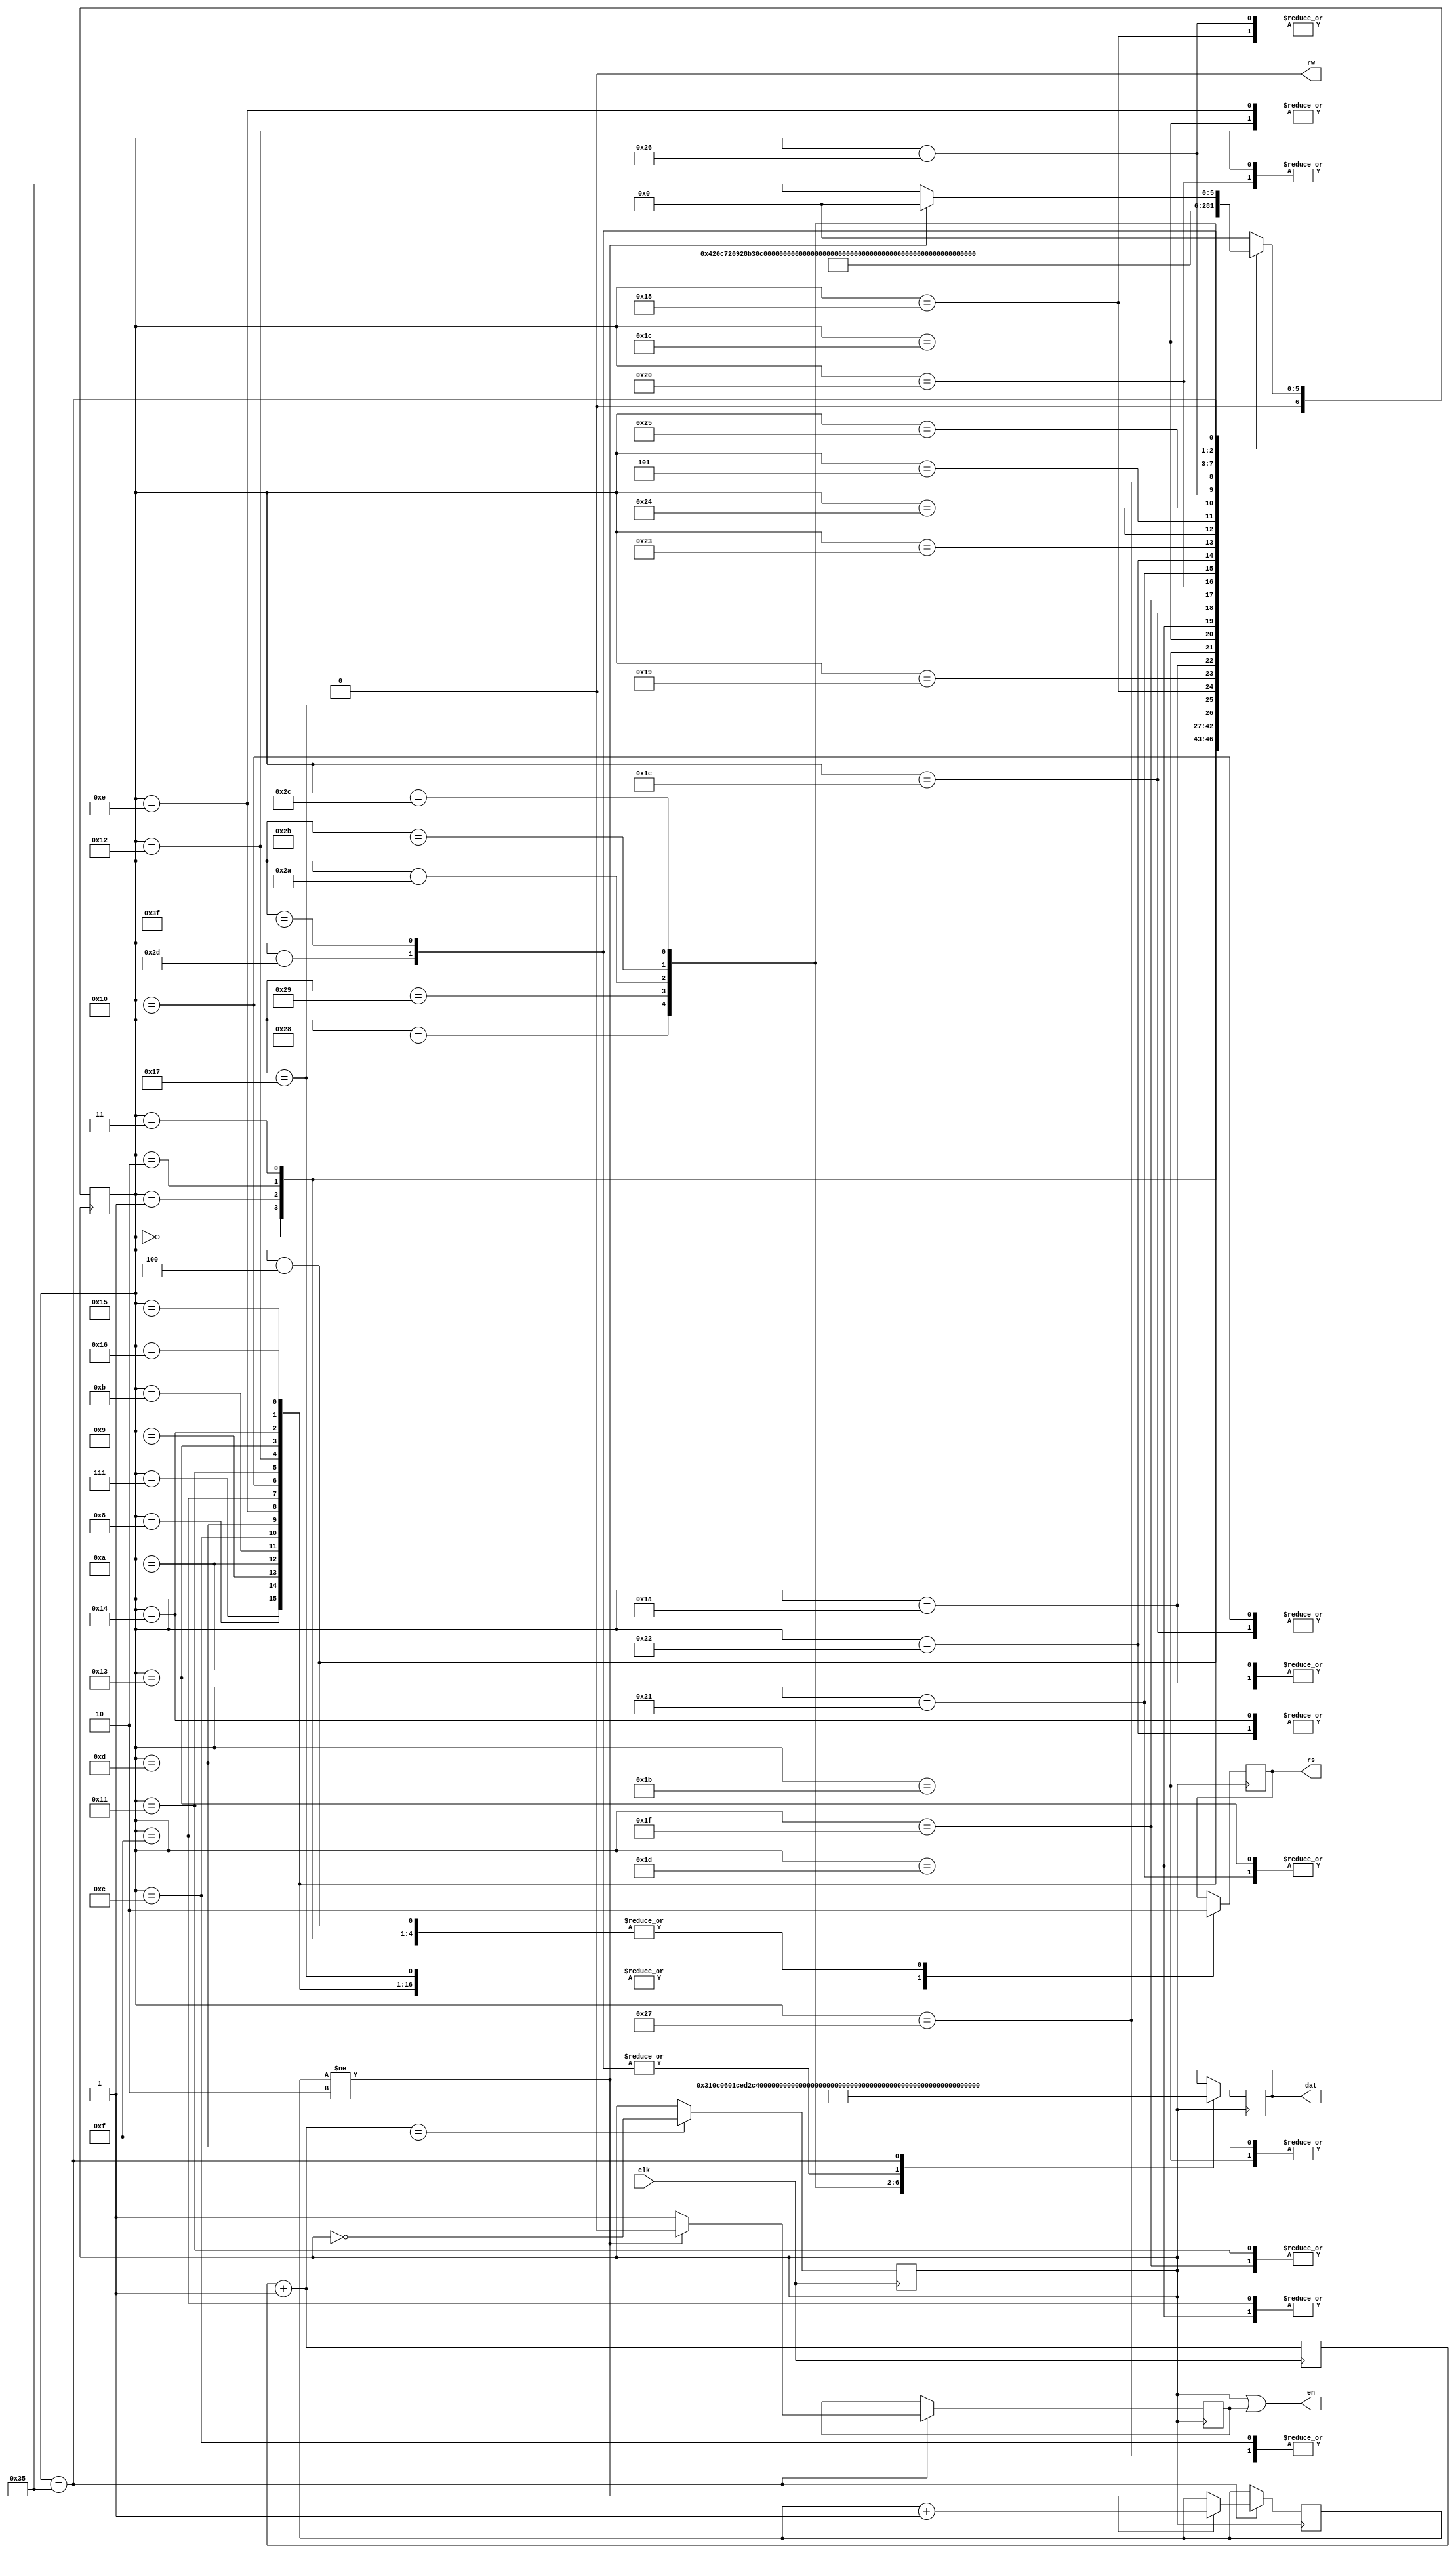

module  LCD12864 (clk, rs, rw, en,dat);  

input clk;           //50M
 output [7:0] dat;   //LCD8
 output  rs,rw,en;   //LCD

 reg e; 
 reg [7:0] dat; 
 reg rs;   
 reg  [15:0] counter; 
 reg [6:0] current,next; 
 reg clkr; 
 reg [1:0] cnt; 
//
 parameter  set0=6'h0; 
 parameter  set1=6'h1; 
 parameter  set2=6'h2; 
 parameter  set3=6'h3; 
 parameter  set4=6'h4; 
 parameter  set5=6'h5;
 parameter  set6=6'h6;  

 parameter  dat0=6'h7; 
 parameter  dat1=6'h8; 
 parameter  dat2=6'h9; 
 parameter  dat3=6'hA; 
 parameter  dat4=6'hB; 
 parameter  dat5=6'hC;
 parameter  dat6=6'hD; 
 parameter  dat7=6'hE; 
 parameter  dat8=6'hF; 
 parameter  dat9=6'h10;
 parameter  dat10=6'h11; 
 parameter  dat11=6'h12; 
 parameter  dat12=6'h13; 
 parameter  dat13=6'h14; 
 parameter  dat14=6'h15; 
 parameter  dat15=6'h16;
 parameter  dat16=6'h17; 
 parameter  dat17=6'h18; 
 parameter  dat18=6'h19; 
 parameter  dat19=6'h1A; 
 parameter  dat20=6'h1B;
 parameter  dat21=6'h1C; 
 parameter  dat22=6'h1D; 
 parameter  dat23=6'h1E; 
 parameter  dat24=6'h1F; 
 parameter  dat25=6'h20; 
 parameter  dat26=6'h21; 
 parameter  dat27=6'h22; 
 parameter  dat28=6'h23; 
 parameter  dat29=6'h24; 
 parameter  dat30=6'h25; 
 parameter  dat31=6'h26; 
 parameter  dat32=6'h27; 
 parameter  dat33=6'h28; 
 parameter  dat34=6'h29; 
 parameter  dat35=6'h2A;
 parameter  dat36=6'h2B; 
 parameter  dat37=6'h2C; 
 parameter  dat38=6'h2D; 
 parameter  dat39=6'h2E;
 parameter  dat40=6'h3F;  
	

 parameter  nul=6'h35; 
always @(posedge clk)         // 
 begin 
  counter=counter+1; 
  if(counter==16'h000f)  
  clkr=~clkr; 
end 

always @(posedge clkr) 
begin 
 current=next; 
  case(current) 
    set0:   begin  rs<=0; dat<=8'h31; next<=set1; end  //*8,*
    set1:   begin  rs<=0; dat<=8'h0C; next<=set2; end  //*,,*/  
    set2:   begin  rs<=0; dat<=8'h06; next<=set3; end   //*,*/  
    set3:   begin  rs<=0; dat<=8'h01; next<=dat0; end   //**/  

    dat0:   begin  rs<=1; dat<=8'hce; next<=dat1; end //
    dat1:   begin  rs<=1; dat<=8'hd2; next<=dat2; end    
    // ACSII CED2
    
    dat2:   begin  rs<=1; dat<=8'hc3; next<=dat3; end 
    dat3:   begin  rs<=1; dat<=8'hc7;next<=dat4; end 
    //ACSIIC3C7
    
    dat4:   begin  rs<=1; dat<=8'hb5; next<=dat5; end 
    dat5:   begin  rs<=1; dat<=8'hc4; next<=dat6; end 
    //ACSIIb5c4
    
    dat6:   begin  rs<=1; dat<="F"; next<=dat7; end 
    dat7:   begin  rs<=1; dat<="P";next<=dat8; end 
    dat8:   begin  rs<=1; dat<="G"; next<=dat9; end 
    dat9:   begin  rs<=1; dat<="A";next<= dat10 ; end 
    
    dat10:   begin  rs<=1; dat<=8'hbf; next<=dat11; end 
    dat11:   begin  rs<=1; dat<=8'haa; next<=dat12; end 
     //ACSIIbfaa
     
    dat12:   begin  rs<=1; dat<=8'hb7;next<=dat13; end 
    dat13:   begin  rs<=1; dat<=8'ha2; next<=dat14; end 
    //ACSIIb7a2
	 
    dat14:   begin  rs<=1; dat<=8'hcd; next<=dat15; end 
    dat15:   begin  rs<=1; dat<=8'hf8; next<=set4; end 
    //ACSIIcdf8  

	 
    set4:   begin  rs<=0; dat<=8'h90; next<=dat16; end //
	 
    dat16:   begin  rs<=1; dat<=8'hee; next<=dat17; end 
    dat17:   begin  rs<=1; dat<=8'ha3; next<=dat18; end 
    //ACSIIeea3  
	 
	 dat18:   begin  rs<=1; dat<=8'hd6; next<=dat19; end 
    dat19:   begin  rs<=1; dat<=8'hc7; next<=dat20; end 
    //ACSIId6c7  
	 
    dat20:   begin  rs<=1; dat<="F"; next<=dat21; end 
    dat21:   begin  rs<=1; dat<="P"; next<=dat22; end 
    dat22:   begin  rs<=1; dat<="G"; next<=dat23; end 
    dat23:   begin  rs<=1; dat<="A"; next<=dat24 ; end
    
    dat24:   begin  rs<=1; dat<=8'hbf; next<=dat25; end 
    dat25:   begin  rs<=1; dat<=8'haa; next<=dat26; end  
  //ACSIIbfaa
	 
	 
    dat26:   begin  rs<=1; dat<=8'hb7; next<=dat27; end 
    dat27:   begin  rs<=1; dat<=8'ha2; next<=dat28; end 
    //ACSIIb7a2
    
    dat28:   begin  rs<=1; dat<=8'hb0; next<=dat29; end 
    dat29:   begin  rs<=1; dat<=8'he5; next<=set5 ; end 
    //ACSII
    
    set5:   begin  rs<=0; dat<=8'h88; next<=dat30; end //

    dat30:   begin  rs<=1; dat<=8'hd7; next<=dat31; end 
    dat31:   begin  rs<=1; dat<=8'ha3; next<=dat32; end 
	    //ACSII
	 
	 
    dat32:   begin  rs<=1; dat<=8'hc4; next<=dat33; end 
    dat33:   begin  rs<=1; dat<=8'hfa; next<=dat34; end 
      //ACSII
	
    dat34:   begin  rs<=1; dat<=8'hb3; next<=dat35;   end 
    dat35:   begin  rs<=1; dat<=8'hc9; next<=dat36;   end 
      //ACSII
	
    dat36:   begin  rs<=1; dat<=8'hb9; next<=dat37;   end 
    dat37:   begin  rs<=1; dat<=8'ha6; next<=dat38;   end 
	   //ACSII
	 
    dat38:   begin  rs<=1; dat<="!"; next<=dat40;   end 
    dat40:   begin  rs<=1; dat<="!"; next<=nul;     end 
	
	 
     nul:   begin rs<=0;  dat<=8'h00;                    // E   
              if(cnt!=2'h2)  
                  begin  
                       e<=0;next<=set0;cnt<=cnt+1;  
                  end  
                   else  
                     begin next<=nul; e<=1; 
                    end    
              end 
   default:   next=set0; 
    endcase 
 end 
assign en=clkr|e; 
assign rw=0; 
endmodule